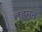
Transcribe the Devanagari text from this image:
लुह्रमन